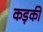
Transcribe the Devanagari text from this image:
कड़की